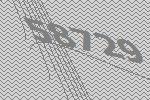
58729